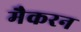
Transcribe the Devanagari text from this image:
मैकरन